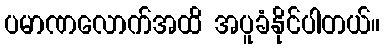
ပမာဏလောက်အထိ အပူခံနိုင်ပါတယ်။